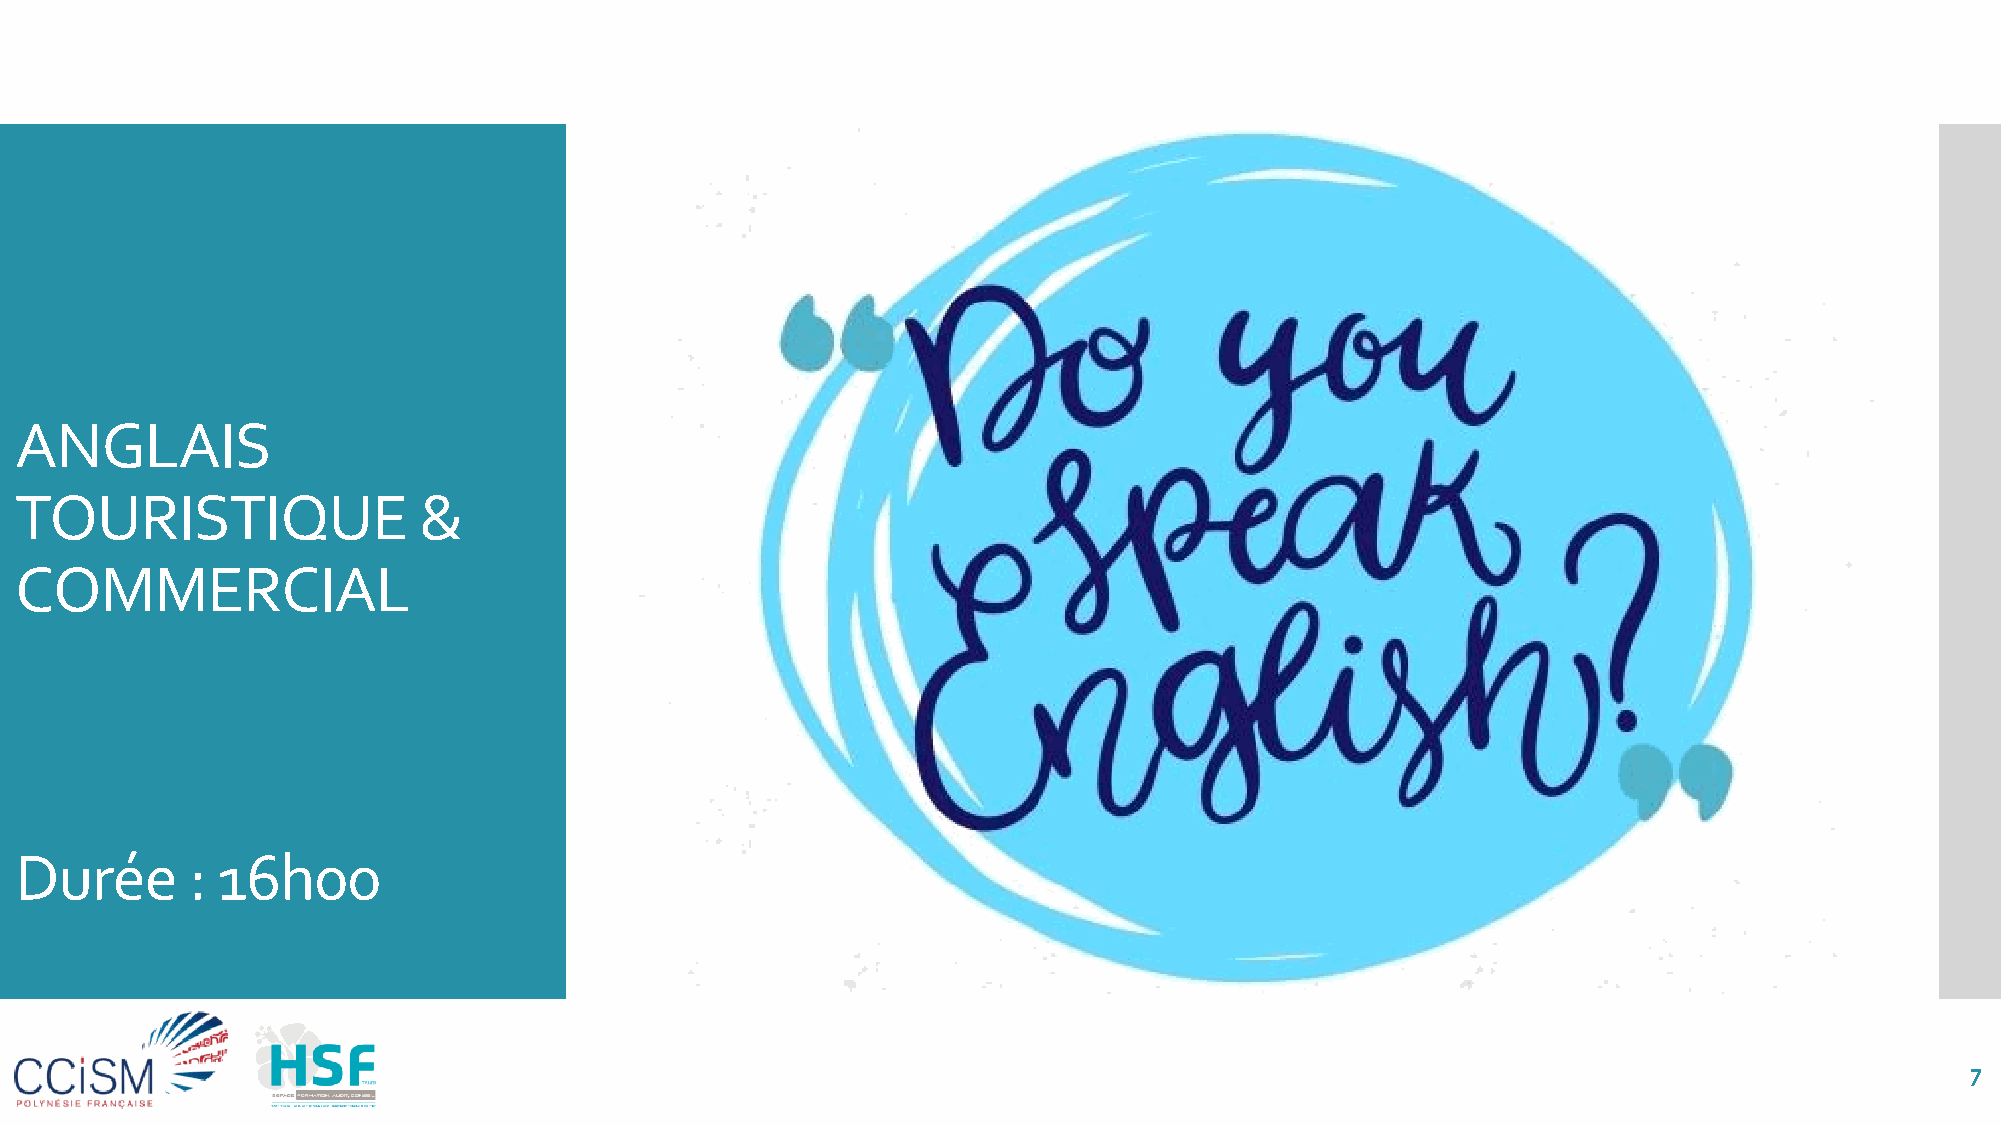
ANGLAIS
 TOURISTIQUE                &
 COMMERCIAL
 Durée      : 16h00
 7